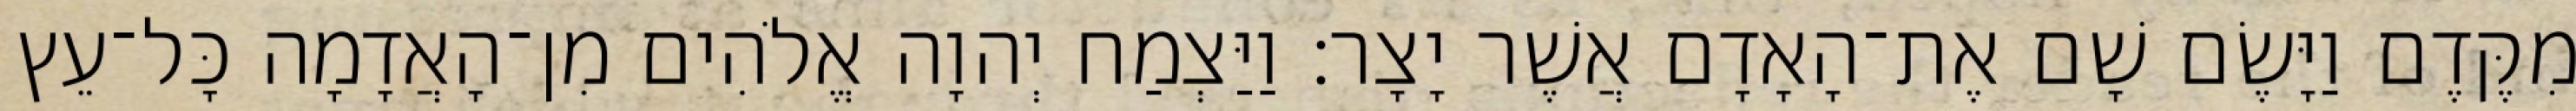
מִקֶּדֶם וַיָּשֶׂם שָׁם אֶת־הָאָדָם אֲשֶׁר יָצָר׃ וַיַּצְמַח יְהוָה אֱלֹהִים מִן־הָאֲדָמָה כָּל־עֵץ